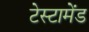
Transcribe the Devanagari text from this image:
टेस्टामेंड